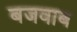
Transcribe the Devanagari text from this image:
बजवाब